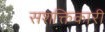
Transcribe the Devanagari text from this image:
सशक्तिकारी